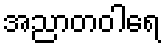
အညာတဝါရေ